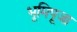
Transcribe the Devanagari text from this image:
भूमिपूजा